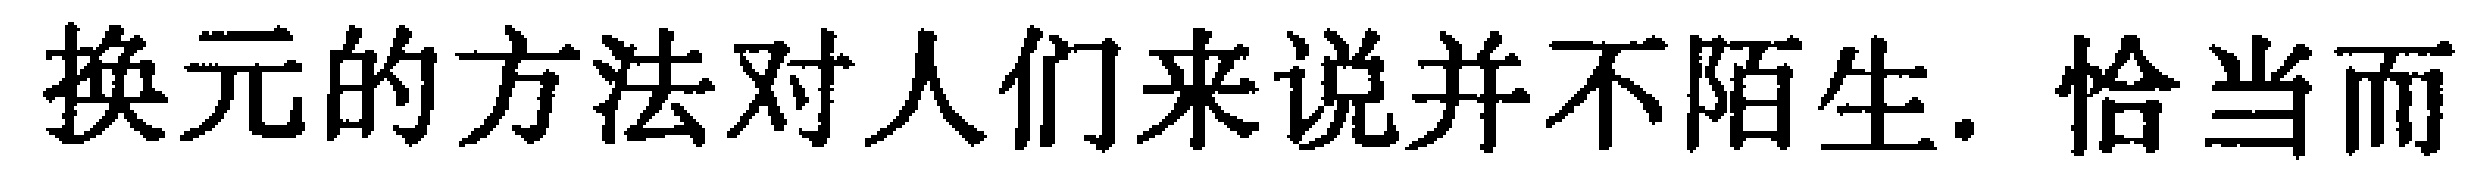
换元的方法对人们来说并不陌生. 恰当而